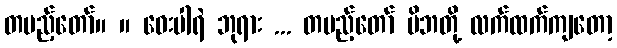
တပည့်တော်။ ။ ဝေးပါရဲ ဘုရား ... တပည့်တော် မိဘတို့ လက်ထက်ကျတော့